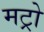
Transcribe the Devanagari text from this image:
मट्रो